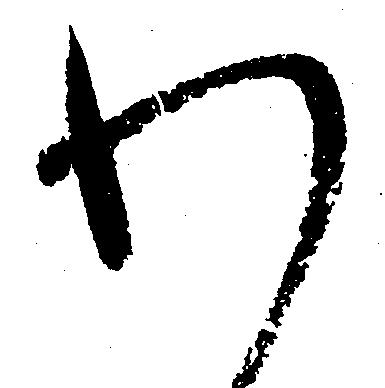
わ